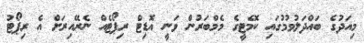
މިއަދުގެ ބައްދަލުވުމުގައި ކޮމެޓީގެ މެމްބަރުން ވަނީ އޮޑިޓް ރިޕޯޓެއް ނެރޭއިރަށް އެ ރިޕޯޓު